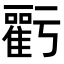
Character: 𮦁